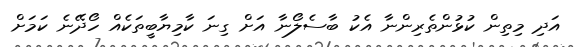
އަދި މިތިން ކުޅުންތެރިންނާ އެކު ބާސެލޯނާ އަށް ގިނަ ކާމިޔާބީތަކެއް ހޯދޭނެ ކަމަށް